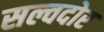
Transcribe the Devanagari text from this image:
सल्वदोर